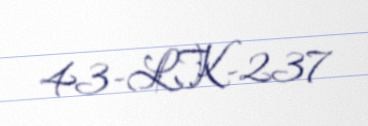
43-LK-237